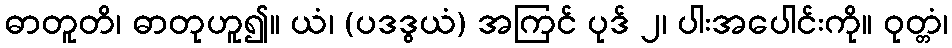
ဓာတူတိ၊ ဓာတုဟူ၍။ ယံ၊ (ပဒဒွယံ) အကြင် ပုဒ် ၂၊ ပါးအပေါင်းကို။ ဝုတ္တံ၊